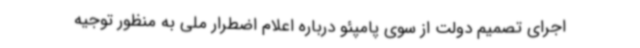
اجرای تصمیم دولت از سوی پامپئو درباره اعلام اضطرار ملی به منظور توجیه